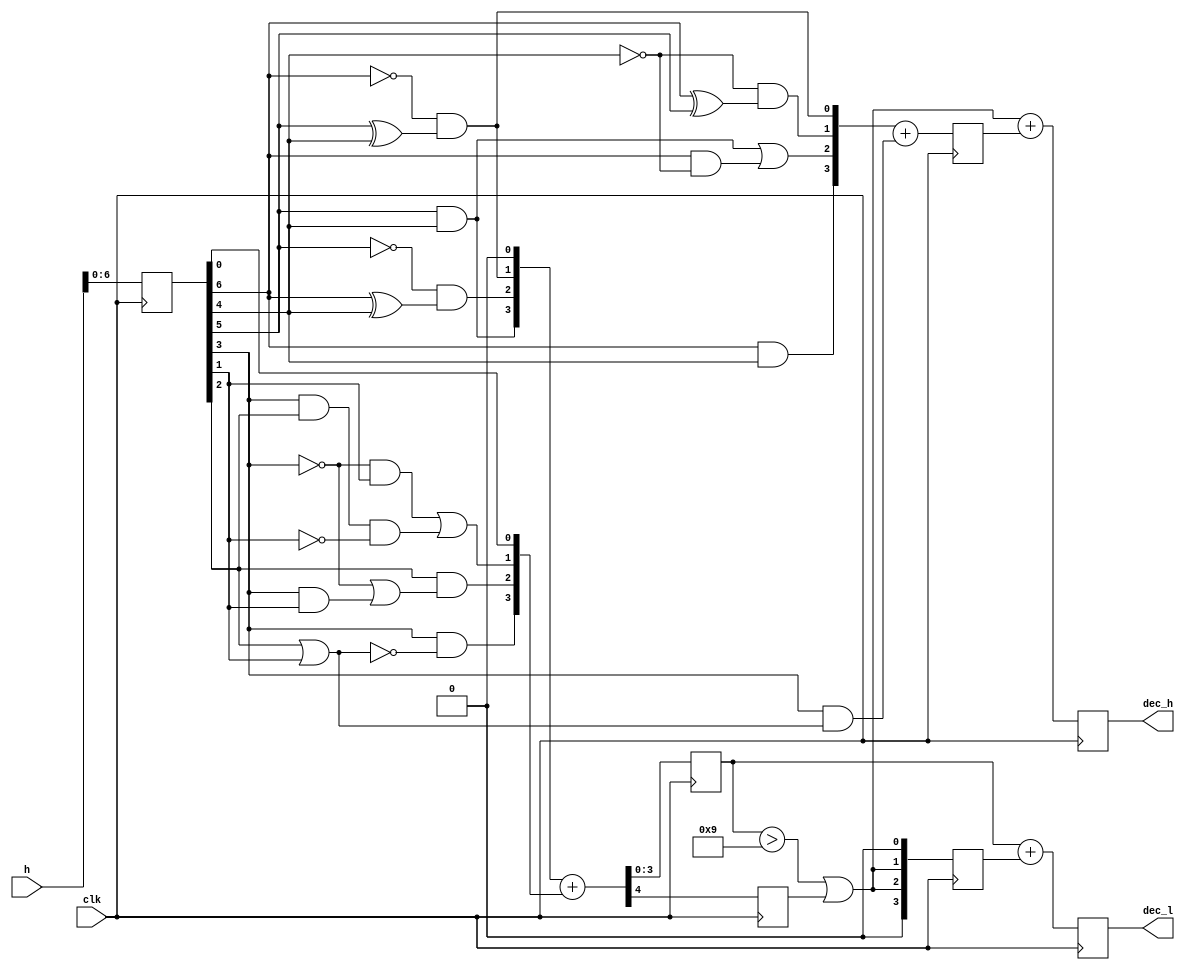
// 16 -> 10
module hex2dec(h, dec_h, dec_l, clk);
input [7:0] h;
input clk;
output [3:0] dec_h, dec_l;
reg [7:0] reg_h;
reg [3:0] reg_add_l, reg_add_e;
reg [3:0] reg_dec_h, reg_dec_l, reg_f, reg_innerdata;
reg reg_cout;
wire [3:0] a, b, c, d, e, f, innerdata;
wire cout, overten;
always @(posedge clk) begin
    reg_h <= h;            
end // non-blocking
assign a[3] = reg_h[6]&reg_h[4];
assign a[2] = (reg_h[5] & reg_h[4]) | (reg_h[6] & ~reg_h[4]);
assign a[1] = (~reg_h[4]) & (reg_h[6] ^ reg_h[5]);
assign a[0] = (~reg_h[6]) & (reg_h[5] ^ reg_h[4]);
assign b[3] = reg_h[5] & reg_h[4];
assign b[2] = (~reg_h[5]) & (reg_h[6] ^ reg_h[4]); 
assign b[1] = (~reg_h[6]) & (reg_h[5] ^ reg_h[4]);
assign b[0] = 0;
assign c[3:1] = 0;
assign c[0] = reg_h[3] & (reg_h[2] | reg_h[1]);
assign d[3] = reg_h[3] & ~(reg_h[2] | reg_h[1]);    
assign d[2] = reg_h[2] & ((~reg_h[3]) | (reg_h[3] & reg_h[1]));
assign d[1] = ((~reg_h[3]) & reg_h[1]) | (reg_h[3] & reg_h[2] & (~reg_h[1]));
assign d[0] = reg_h[0];
always @(posedge clk) begin
    reg_add_e <= a + c;
end    
// assign e = a + c;
always @(posedge clk) begin
    {reg_cout, reg_f} <= b + d;
end
// assign {cout, f} =  b + d;
assign innerdata = {1'b0, {2{overten | reg_cout}}, 1'b0};
always @(posedge clk) begin
    reg_innerdata <= innerdata;
end
assign overten = (reg_f > 9);
always @(posedge clk) begin
    reg_dec_h <= (overten | reg_cout) + reg_add_e;
    reg_dec_l <= reg_f + reg_innerdata;
end
assign dec_h = reg_dec_h;
assign dec_l = reg_dec_l;
// assign dec_h = (overten | cout) + e;
// assign dec_l = f + innerdata;
endmodule